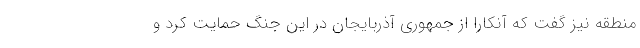
منطقه نیز گفت که آنکارا از جمهوری آذربایجان در این جنگ حمایت کرد و